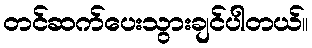
တင်ဆက်ပေးသွားချင်ပါတယ်။